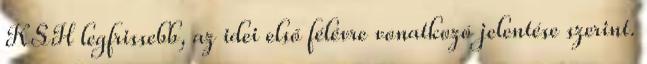
KSH legfrissebb, az idei első félévre vonatkozó jelentése szerint.